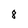
Character: 8